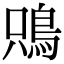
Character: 𩿦